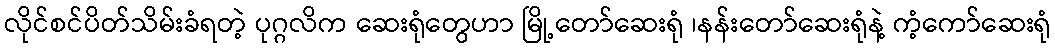
လိုင်စင်ပိတ်သိမ်းခံရတဲ့ ပုဂ္ဂလိက ဆေးရုံတွေဟာ မြို့တော်ဆေးရုံ ၊နန်းတော်ဆေးရုံနဲ့ ကံ့ကော်ဆေးရုံ